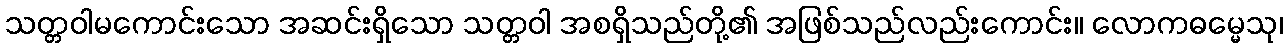
သတ္တဝါမကောင်းသော အဆင်းရှိသော သတ္တဝါ အစရှိသည်တို့၏ အဖြစ်သည်လည်းကောင်း။ လောကဓမ္မေသု၊